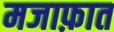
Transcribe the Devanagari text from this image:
मजाफ़ात